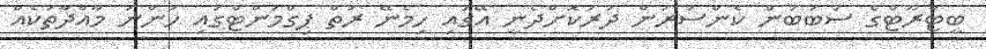
ބީޓްރޫޓްގެ ސަބަބުން ކެންސަރުން ދުރުކޮށްދެނީ އޭގައި ހިމެނޭ ރަތް ޕިގްމަންޓްގައި ހުންނަ މާއްދާތަކެއް